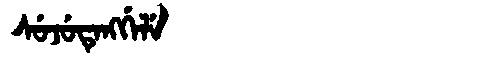
Manchu: ᠰᡠᠵᡠᡨᡝᠩᡤᡝᠯᡝ
Romanization: SUJUTENGGELE